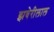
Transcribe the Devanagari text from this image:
झवेरीलाल